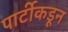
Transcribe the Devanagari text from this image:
पार्टीकडून